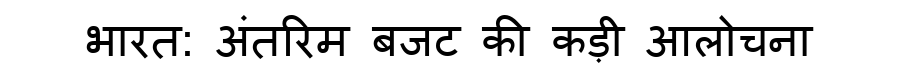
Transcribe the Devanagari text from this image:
भारत: अंतरिम बजट की कड़ी आलोचना